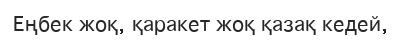
Еңбек жоқ, қаракет жоқ қазақ кедей,